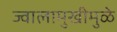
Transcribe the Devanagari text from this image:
ज्वालामुखीमुळे